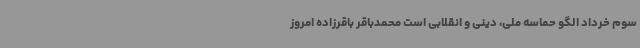
سوم خرداد الگو حماسه ملی، دینی و انقلابی است محمدباقر باقرزاده امروز